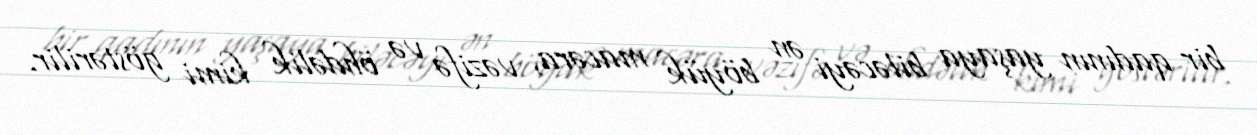
bir qadının yaşaya biləcəyi ən böyük macəra, vəzifə və öhdəlik kimi göstərilir.